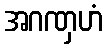
အဂဏှဟံ